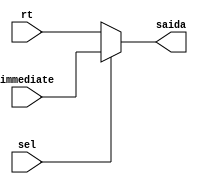
module b32Mux2x1 (
  input wire [31:0] rt,
  input wire [31:0] immediate,
  input wire sel,
  output wire [31:0] saida
);
  assign saida = (sel == 1'b0) ? rt : immediate;
endmodule